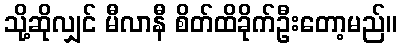
သို့ဆိုလျှင် မီလာနီ စိတ်ထိခိုက်ဦးတော့မည်။